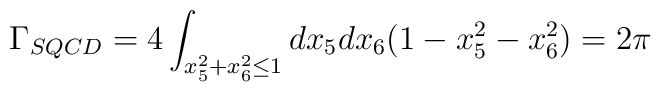
\Gamma_{SQCD}=4\int_{x_5^2+x_6^2\le1}dx_5dx_6(1-x_5^2-x_6^2)=2\pi